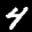
Label: 4